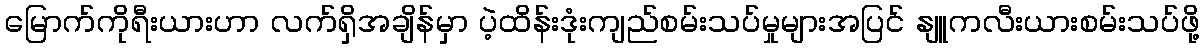
မြောက်ကိုရီးယားဟာ လက်ရှိအချိန်မှာ ပဲ့ထိန်းဒုံးကျည်စမ်းသပ်မှုများအပြင် နျူကလီးယားစမ်းသပ်ဖို့